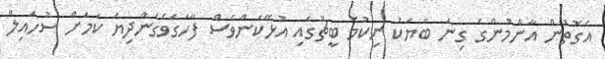
އެގޮތުން އާންމުންގެ ގިނަ ބަޔަކު ނިކުމެ ބީޗުގައި އުޅޭކަންވެސް ފާހަގަވެގެންދިޔަ ކަމަށް ސުހައިލް